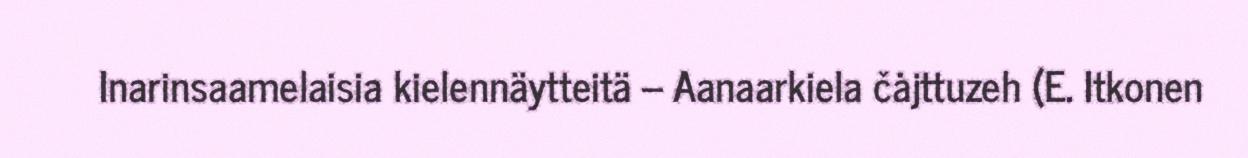
Inarinsaamelaisia kielennäytteitä – Aanaarkiela čȧjttuzeh (E. Itkonen